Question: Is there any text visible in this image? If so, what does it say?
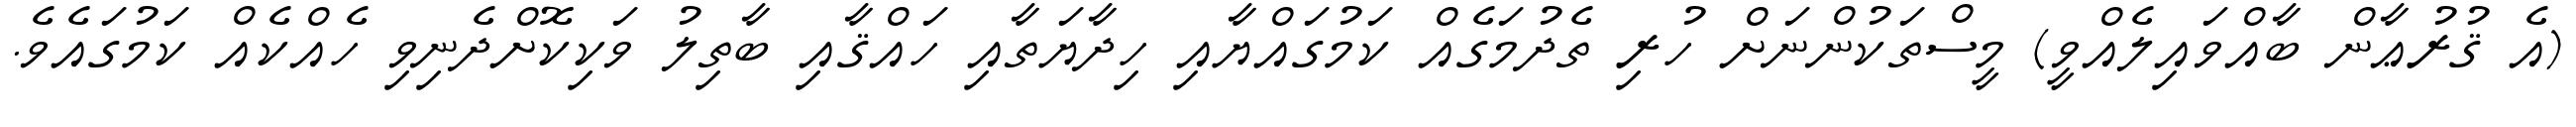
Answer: (އެ ޤުރުޢާން ބާއްވައިލެއްވީ) މީސްތަކުންނަށް ހުރި ތެދުމަގެއް ކަމުގައްޔާއި ހިދާޔަތާއި ހައްޤާއި ބާތިލު ވަކިކޮށްދެނިވި ހެއްކެއް ކަމުގައެވެ.